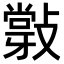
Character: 𢿦